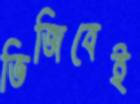
ভিজিবেই